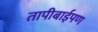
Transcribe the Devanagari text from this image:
तापीबाईपण